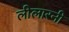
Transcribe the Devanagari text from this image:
लीलारनी